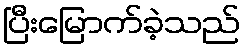
ပြီးမြောက်ခဲ့သည်